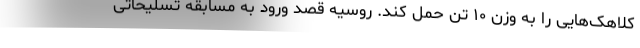
کلاهک‌هایی را به وزن ۱۰ تن حمل کند. روسیه قصد ورود به مسابقه تسلیحاتی